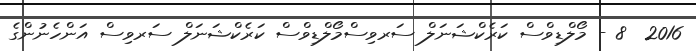
2016  8 - މޯލްޑިވްސް ކަރެކްޝަނަލް ސަރވިސްމޯލްޑިވްސް ކަރެކްޝަނަލް ސަރވިސް އަންހެނުންގެ